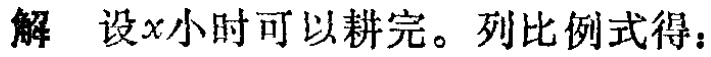
解 设\(x\)小时可以耕完。列比例式得：